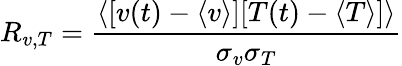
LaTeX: R_{v,T}=\frac{\langle[v(t)-\langle v\rangle][T(t)-\langle T\rangle]\rangle}{\sigma_{v}\sigma_{T}}